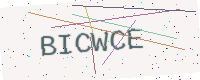
Text: BICWCE